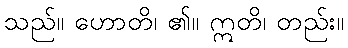
သည်။ ဟောတိ၊ ၏။ ဣတိ၊ တည်း။